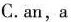
C.an,a